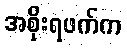
အစိုးရဖက်က